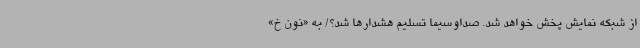
از شبکه نمایش پخش خواهد شد. صداوسیما تسلیم هشدارها شد؟/ به «نون خ»